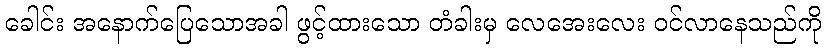
ခေါင်း အနောက်ပြေသောအခါ ဖွင့်ထားသော တံခါးမှ လေအေးလေး ဝင်လာနေသည်ကို